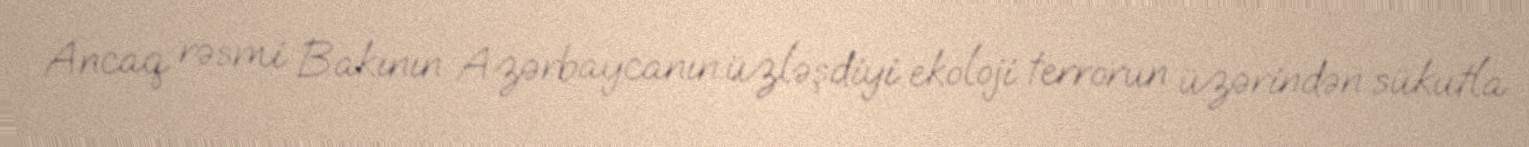
Ancaq rəsmi Bakının Azərbaycanın üzləşdiyi ekoloji terrorun üzərindən sükutla